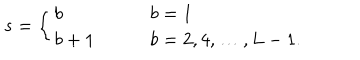
LaTeX: s = \left\{ \begin{array} { l l } { { b } } & { { \qquad b = 1 } } \\ { { b + 1 } } & { { \qquad b = 2 , 4 , \ldots , L - 1 . } } \\ \end{array} \right.